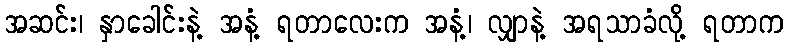
အဆင်း၊ နှာခေါင်းနဲ့ အနံ့ ရတာလေးက အနံ့၊ လျှာနဲ့ အရသာခံလို့ ရတာက